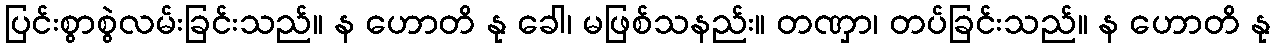
ပြင်းစွာစွဲလမ်းခြင်းသည်။ န ဟောတိ နု ခေါ၊ မဖြစ်သနည်း။ တဏှာ၊ တပ်ခြင်းသည်။ န ဟောတိ နု